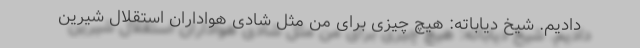
دادیم. شیخ دیاباته: هیچ چیزی برای من مثل شادی هواداران استقلال شیرین